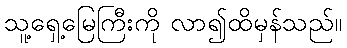
သူ့ရှေ့မြေကြီးကို လာ၍ထိမှန်သည်။